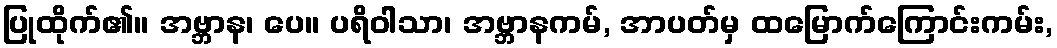
ပြုထိုက်၏။ အဗ္ဘာန၊ ပေ။ ပရိဝါသာ၊ အဗ္ဘာနကမ်, အာပတ်မှ ထမြောက်ကြောင်းကမ်း,